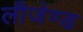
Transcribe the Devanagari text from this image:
लीजेण्ड